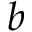
b